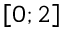
\left[ 0 ; 2 \right]